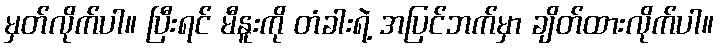
မှတ်လိုက်ပါ။ ပြီးရင် မီနူးကို တံခါးရဲ့ အပြင်ဘက်မှာ ချိတ်ထားလိုက်ပါ။